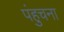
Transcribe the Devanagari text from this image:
पंहुचना